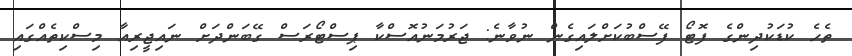
ތެހެ ކުޑަކުދިންގެ ފޮޓޯ ފޭސްބުކަށްލައިގެން ނުވާނެ: ޖަރުމަނުއޮސްކާ ޕިސްޓޯރަސް ގޭބަންދަށް ނައިޖީރިއާ މިސްކިތެއްގައި